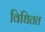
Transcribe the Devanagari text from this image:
विधितत